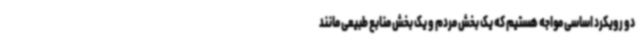
دو رویکرد اساسی مواجه هستیم که یک بخش مردم و یک بخش منابع طبیعی مانند